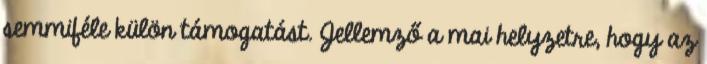
semmiféle külön támogatást. Jellemző a mai helyzetre, hogy az